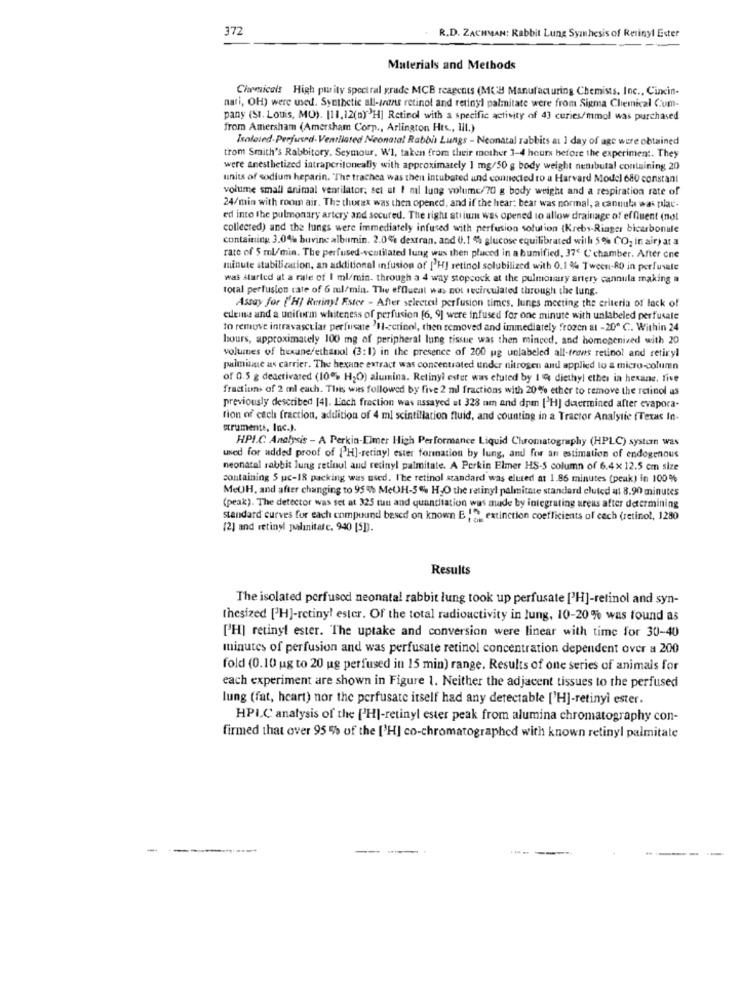
372
R.D. ZACHMAN: Rabbit Lung Syanhesis of Retinyl Ester
Materials and Methods
Chemicals High purity spectral grade MCB reagents (MCH Manufacturing Chemists, Inc ., Cincin-
nari, OH) were used. Synthetic all-trans retinol and retinyl palmitate were from Sigma Chemical Cum-
pany (St. Louis, MO). [11, 12(0)"H] Retinol with a specific activity of 43 curies/mmol was purchased
from Amersham (Amersham Corp ., Arlington Htc ., III.)
Isolated-Perfused-Ventilated Neonatal Rabbia Lungs - Neonatal rabbits at 1 day of age were obtained
trom Smith's Rabbitory, Seymour, W1, taken from their mother 3-4 hours before the experiment. They
were anesthetized intraperitoneally with approximately 1 mg/50 g body weight nembutal containing 20
units of sodium heparin. "The trachea was then intubated and connected to a Harvard Model 680 constant
volume small animal ventilator; set at I ml lung volume/70 g body weight and a respiration rate of
24/min with room air. The thorax was then opened, and if the hear: bear was normal, a cannula was plac-
ed into the pulmonary artery and secured. The right atrium was opened to allow drainage of effluent (not
collected) and the lungs were immediately infused with perfusion solution {Krebs-Ringer bicarbonule
containing 3.0% buvinc albumin. 2.0% dextran, and 0.1 % glucose equilibrated with 5% CO2 in air) at a
rate of $ ml/min. The perfused-ventilated lung was then placed in a bumified, 37' C'chamber. After one
minute stabilization, an additional infusion of ['HJ retinol solubilized with 0,1 % Tween-80 in perfusale
was started at a rate of I ml/min. through a 4 way stopcock at the pulmonary artery cannula making a
total perfusion rate of 6 ml/min. The efflucal was not recirculated through the lung.
Assay for [H] Retiny! Estee - After selectedl perfusion times, lunes meeting the criteria of lack of
eueine and a uniform whiteness of perfusion [6, 9] were infused for one minute with unlabeled perfusale
to remove intravascular perfusate 'Il-retinol, then removed and immediately frozen at -200 ℃. Within 24
hours, approximately 100 mg of peripheral lung tissue was then minced, and homogenized with 20
volumes of hexane/ethanol (3:1) in the presence of 200 ug unlabeled all-trans retinol and retiryl
palmisue as carrier. The hexane extract was concentrated under nitrogen and applied lo & micro-column
of 0.5 g deactivared (10% H2O) alumina. Relinyi ester was eluted by 1 4 diethyl ether ia hexane. five
fractions of 2 ml each. This was followed by five 2 ml fractions with 20% ether to remove the retinol us
previously described [4]. Ench fraction was assayed at 328 am and dam ['H] duermined after evapora-
tion of cach fraction, addition of 4 ml scintillation fluid, and counting in a Tractor Analytic (Texas In-
struments, Inc.).
HPI.C. Analysis - A Perkin-Eimer High Performance Liquid Chromatography (HPLC) systern was
used for added proof of ["H]-retinyl ester formation by lung, and for an estimation of endogenous
neonatal rabbit lung retinul and retinyl palmitate. A Perkin Elmer HS-S column of 6.4× 12.5 cm size
containing 5 uc-18 packing was used. The retinol standard was eluted at 1.86 minutes (peak) in 100%
MeUH, and after changing to 95% MeUH-5% HO the retinyl palmitate standard cluted 41 8.90 minutes
(peak). The detector was set at 325 tun and quandtation was made by integrating ureus after determining
standard curves for each compound besed on known E IS extinction coefficients of cech (retinol, 1280
[2] and retinyl palinitate. 940 [5]).
Results
The isolated perfused neonatal rabbit lung took up perfusate ['H]-retinol and syn-
thesized ['H]-retiny! ester. Of the total radioactivity in lung, 10-20% was found as
[H] retinyl ester. The uptake and conversion were linear with time for 30-40
minutes of perfusion and was perfusate retinol concentration dependent over a 200
fold (0.10 ug to 20 ug perfused in 15 min) range. Results of one series of animals for
each experiment are shown in Figure 1. Neither the adjacent tissues to the perfused
lung (fat, heart) nor the perfusate itself had any detectable ['H]-retinyl ester.
HPI.C analysis of the [H]-retinyl ester peak from alumina chromatography con-
firmed that over 95 % of the ['H] co-chromatographed with known retinyl palmitate
-